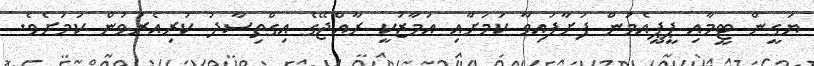
ޔަގީން ޓީމާއި ޕީޕީއެމުން ފަށާފައިވާ ކަމަށާއި އަމާޒަކީ ރާއްޖޭގެ އިގްތިސާދު ކުރިއެރުވުން ކަމަށެވެ.